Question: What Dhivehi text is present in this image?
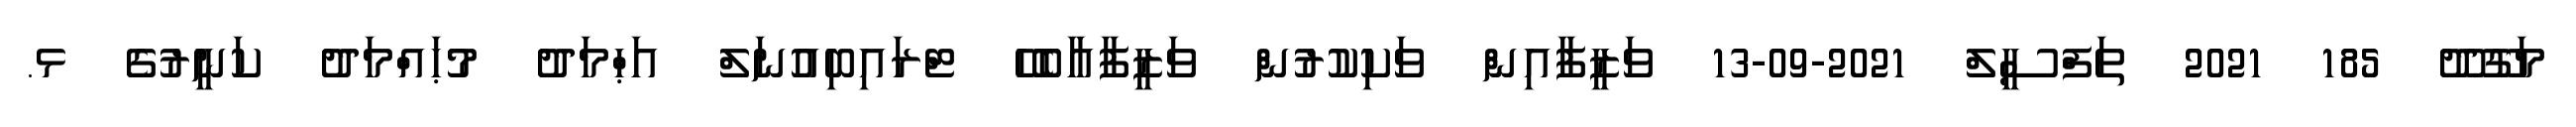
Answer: މަގޫދޫ 185 2021 ތަފްސީލް 2021-09-13 ވަޒީފާއިން ވަކިކުރުން ވަޒީފާއާބެހޭ ޓްރައިބިއުނަލް އަޙްމަދު މުޙައްމަދު ކަނީރުގެ ޅ.